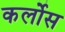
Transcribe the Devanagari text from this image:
कर्लोस